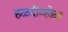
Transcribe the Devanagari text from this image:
हळदीव्होळ